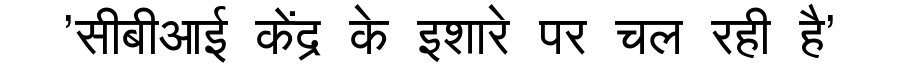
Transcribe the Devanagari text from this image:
'सीबीआई केंद्र के इशारे पर चल रही है'